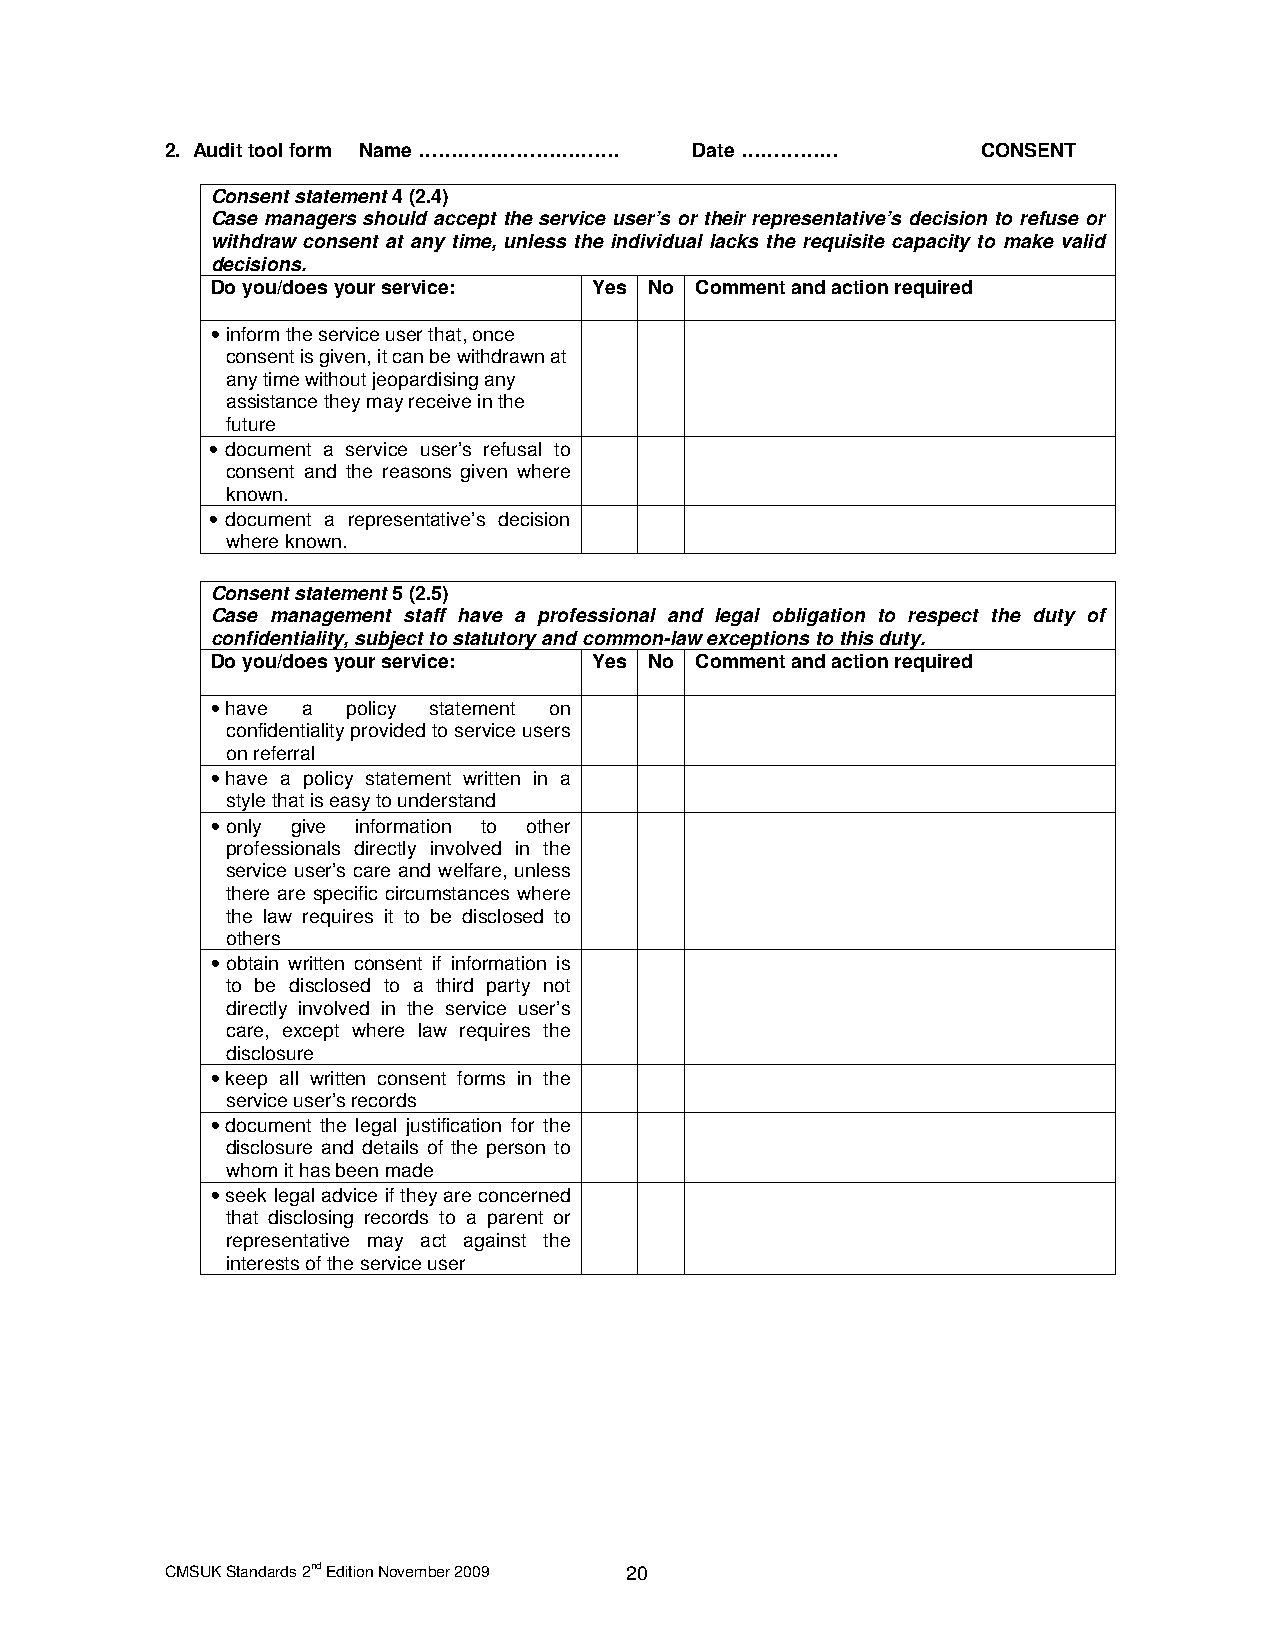
2. Audit tool form Name …………………………. Date ……………        CONSENT
 Consent statement 4 (2.4)
 Case managers should accept the service user’s or their representative’s decision to refuse or
 withdraw consent at any time, unless the individual lacks the requisite capacity to make valid
 decisions.
 Do you/does your service: Yes No Comment and action required
 • inform the service user that, once
 consent is given, it can be withdrawn at
 any time without jeopardising any
 assistance they may receive in the
 future
 • document a service user’s refusal to
 consent and the reasons given where
 known.
 • document a representative’s decision
 where known.
 Consent statement 5 (2.5)
 Case management staff have a professional and legal obligation to respect the duty of
 confidentiality, subject to statutory and common-law exceptions to this duty.
 Do you/does your service: Yes No Comment and action required
 • have a policy statement on
 confidentiality provided to service users
 on referral
 • have a policy statement written in a
 style that is easy to understand
 • only give information to other
 professionals directly involved in the
 service user’s care and welfare, unless
 there are specific circumstances where
 the law requires it to be disclosed to
 others
 • obtain written consent if information is
 to be disclosed to a third party not
 directly involved in the service user’s
 care, except where law requires the
 disclosure
 • keep all written consent forms in the
 service user’s records
 • document the legal justification for the
 disclosure and details of the person to
 whom it has been made
 • seek legal advice if they are concerned
 that disclosing records to a parent or
 representative may act against the
 interests of the service user
 CMSUK Standards 2nd Edition November 2009 20